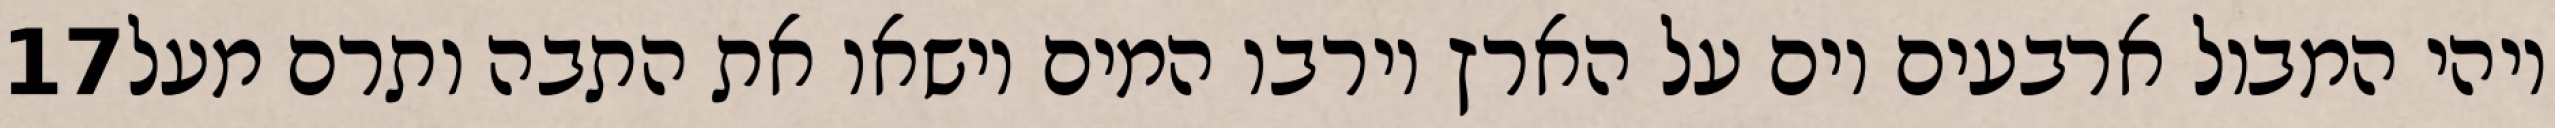
‎17‏ ויהי המבול ארבעים יום על הארץ וירבו המים וישאו את התבה ותרם מעל